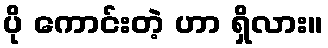
ပို ကောင်းတဲ့ ဟာ ရှိလား။